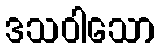
ဒသဝါသော